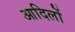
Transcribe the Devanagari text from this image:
आदिलों